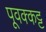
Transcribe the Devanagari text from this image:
पूवक्कट्ट